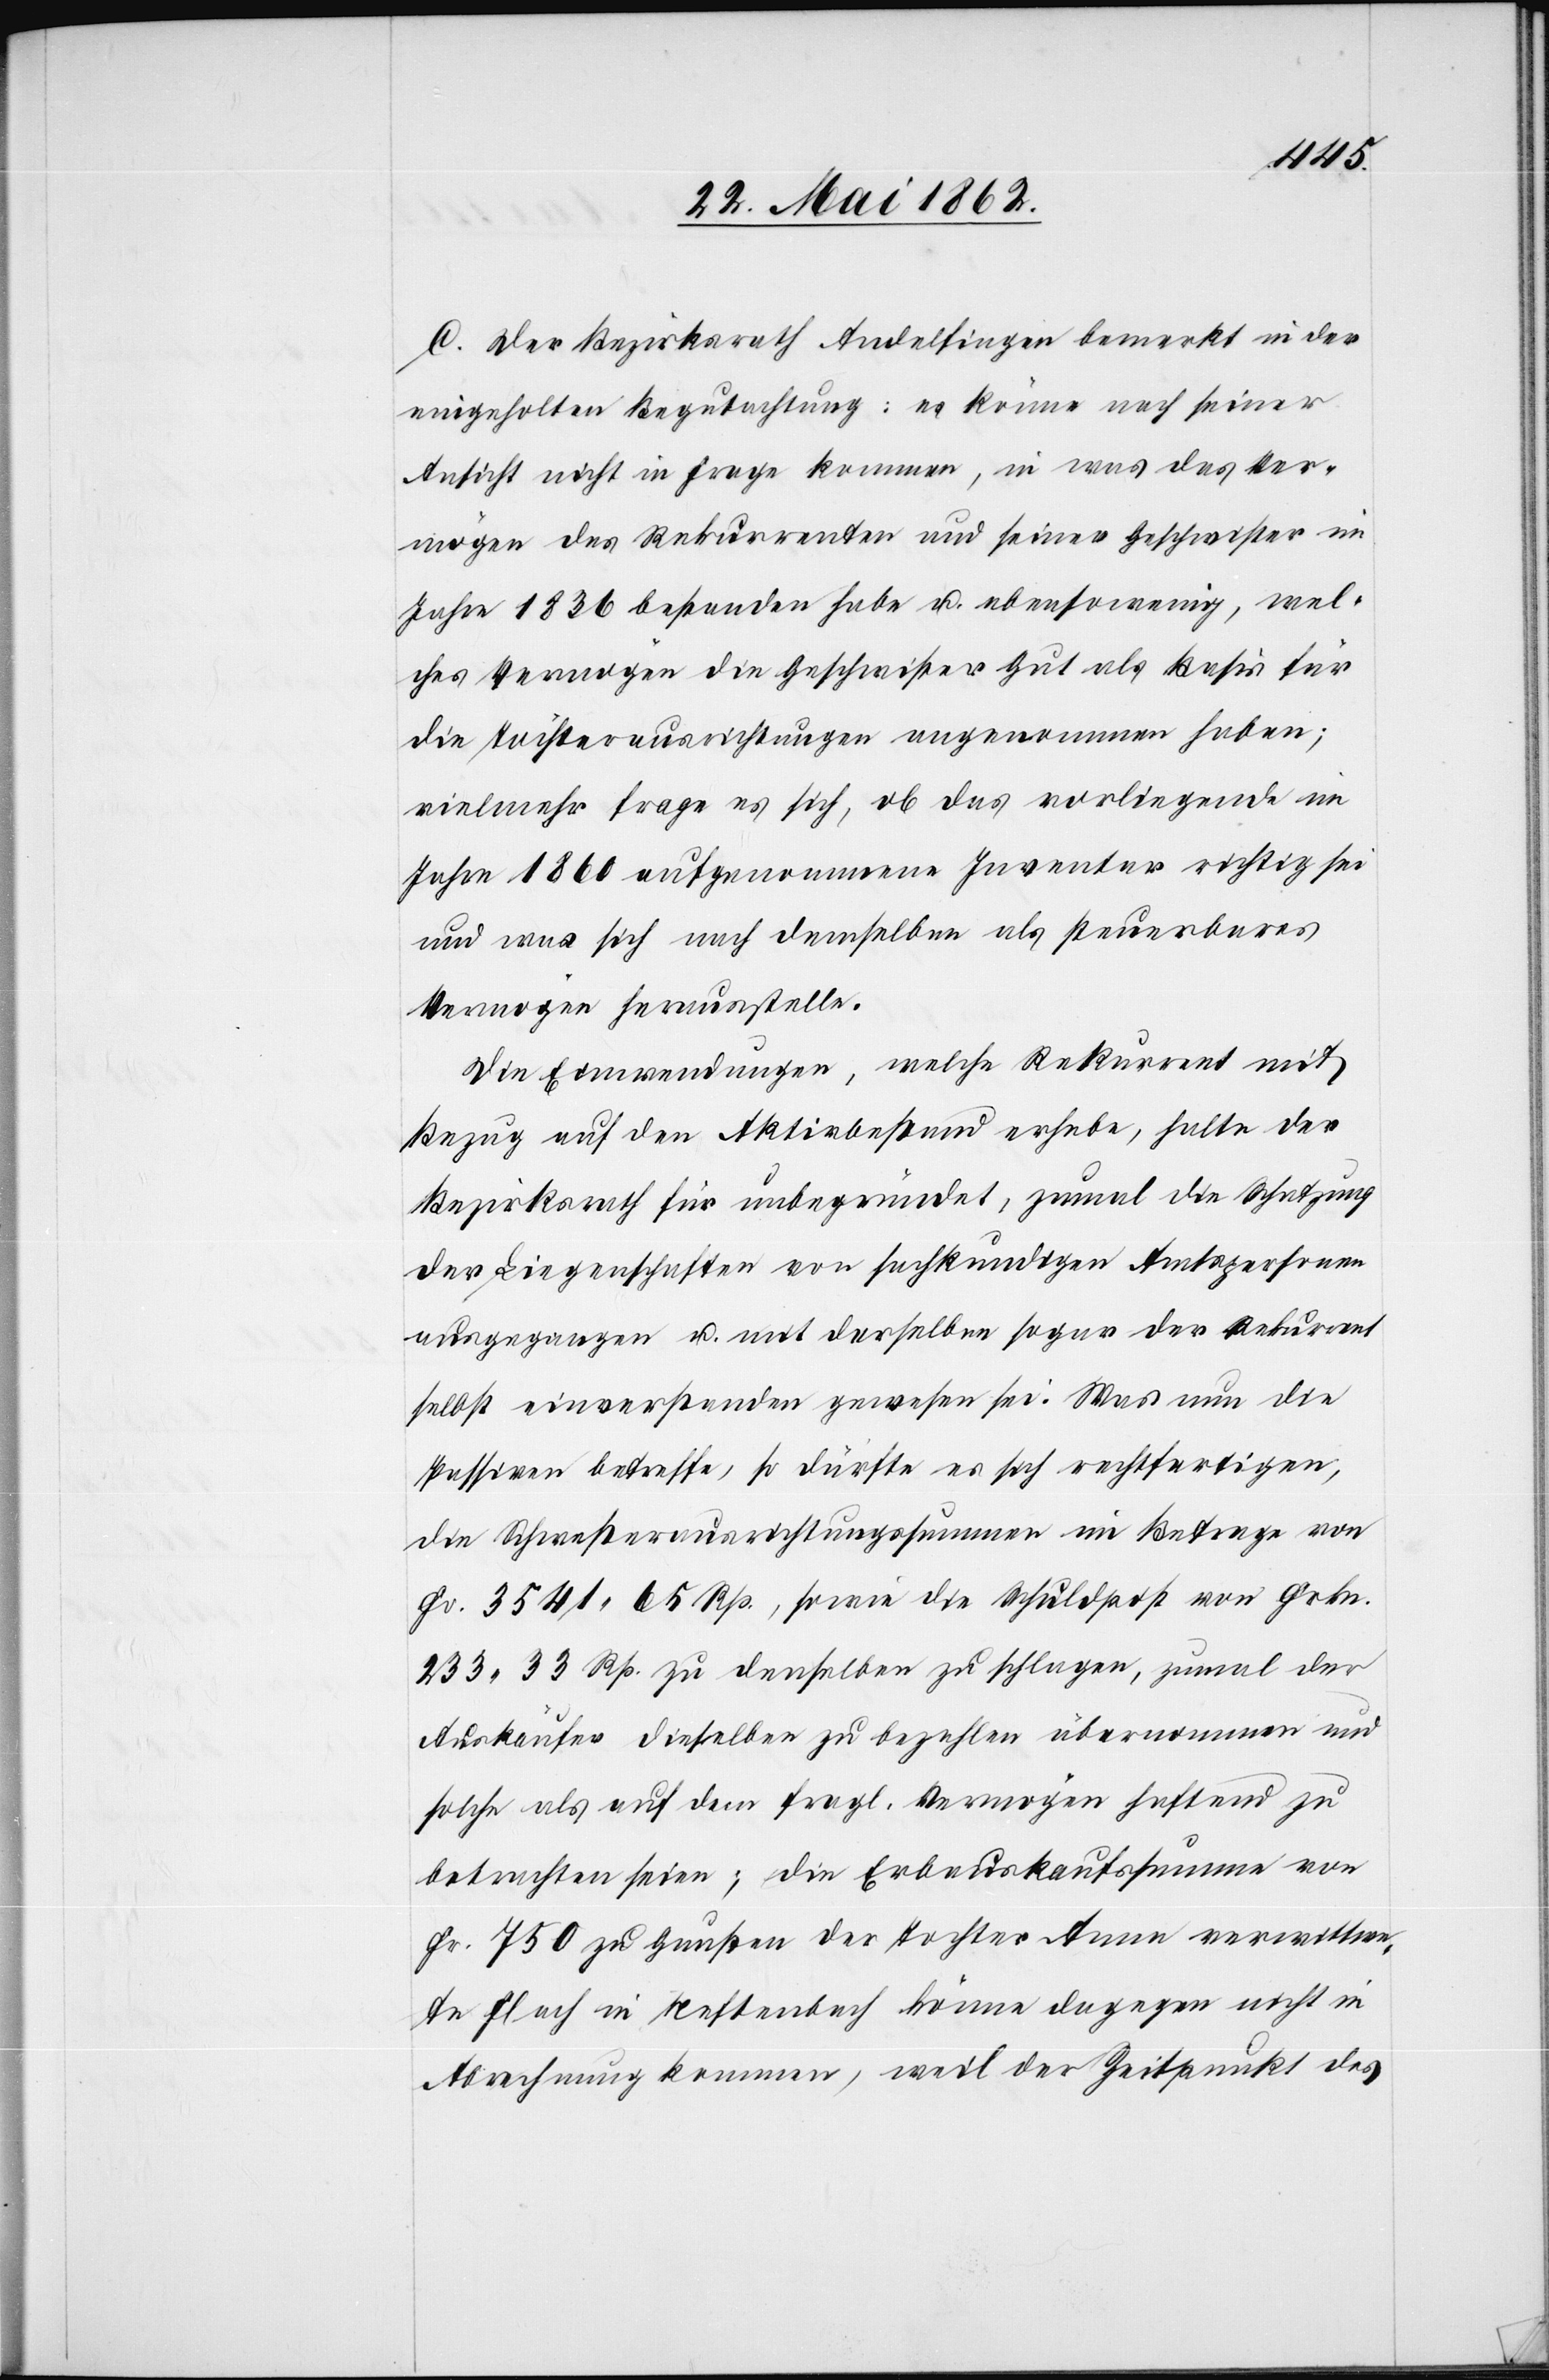
C. Der Bezirksrath Andelfingen bemerkt in der
eingeholten Begutachtung: es könne nach seiner
Ansicht nicht in Frage kommen, in was das Ver¬
mögen des Rekurrenten und seiner Geschwister im
Jahre 1836 bestanden habe u. ebensowenig, wel¬
ches Vermögen die Geschwister Gut als Basis für
die Töchterausrichtungen angenommen haben;
vielmehr frage es sich, ob das vorliegende im
Jahre 1860 aufgenommene Inventar richtig sei
und was sich nach demselben als steuerbares
Vermögen herausstelle.
Die Einwendungen, welche Rekurrent mit
Bezug auf den Aktivbestand erhebe, halte der
Bezirksrath für unbegründet, zumal die Schatzung
der Liegenschaften von sachkundigen Amtspersonen
ausgegangen u. mit derselben sogar der Rekurrent
selbst einverstanden gewesen sei. Was nun die
Passiven betreffe, so dürfte es sich rechtfertigen,
die Schwesterausrichtungssummen im Betrage von
Fr. 3541 65 Rp., sowie die Schuldpost von Frkn.
233 33 Rp. zu denselben zu schlagen, zumal der
Auskäufer dieselben zu bezahlen übernommen und
solche als auf dem fragl. Vermögen haftend zu
betrachten seien; die Erbauskaufssumme von
Fr. 750 zu Gunsten der Tochter Anna verwitte¬
te Flach in Neftenbach könne dagegen nicht in
Abrechnung kommen, weil der Zeitpunkt des